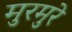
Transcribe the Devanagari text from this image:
मुरमुरे